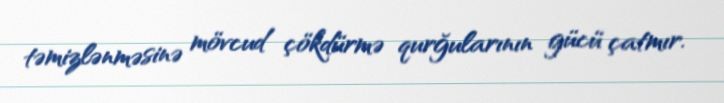
təmizlənməsinə mövcud çökdürmə qurğularının gücü çatmır.